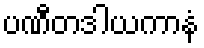
ပဏီတဒါယကာနံ